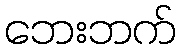
ဘေးဘက်